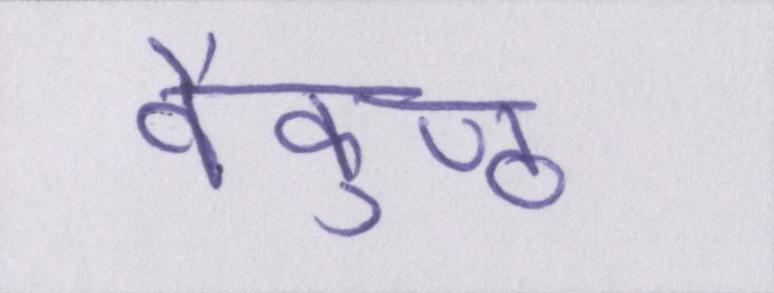
वैकुण्ठ